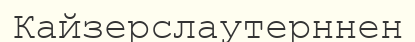
Кайзерслаутерннен